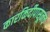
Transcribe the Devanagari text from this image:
कारकिर्दीपासूनच